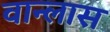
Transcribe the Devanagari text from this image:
वान्लास